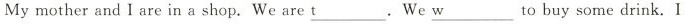
Mymother and I are in a shop. We are